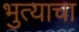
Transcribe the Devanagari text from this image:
भुत्याचा